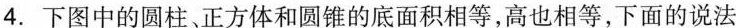
4.下图中的圆柱、正方体和圆锥的底面积相等，高也相等，下面的说法